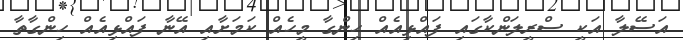
އަސޭލާ އަކީ ސްރީލަންކާގައި ފައްޅިއެއް ހިންގާ މީހެއް ކަމަށާއި އޭނާ ފައްޅިއެއް ހިންގާތާ